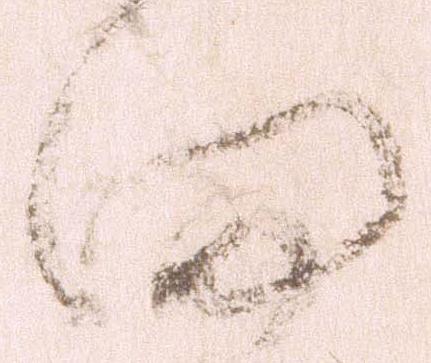
向